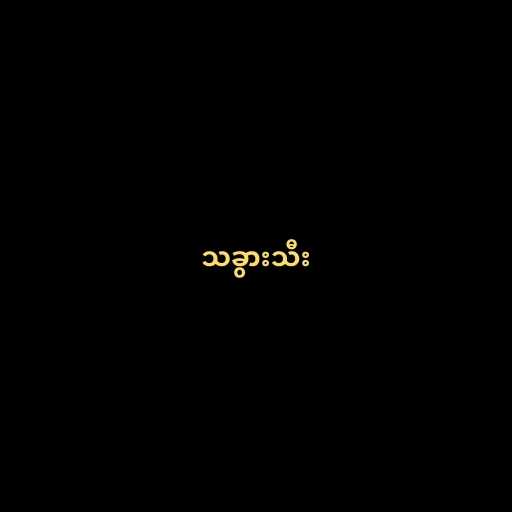
သခွားသီး